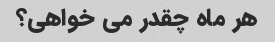
هر ماه چقدر می خواهی؟